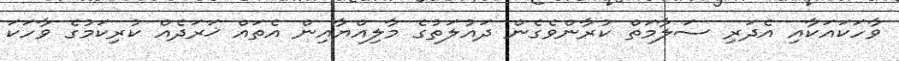
ވާހަކައަކާއި އެދަރި ސަލާމަތް ކުރާންވެގެން ދައުލަތުގެ މާލިއްޔާއިން އެތައް ޚަރަދެއް ކުރިކަމުގެ ވާހަކަ